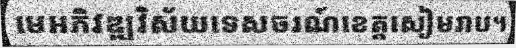
មេអភិវឌ្ឍវិស័យទេសចរណ៍ខេត្តសៀមរាប។